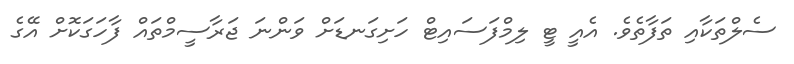
ސެލްތަކާއި ތަފާތެވެ. އެއީ ޓީ ލިމްފަސައިޓް ހަށިގަނޑަށް ވަންނަ ޖަރާސީމްތައް ފާހަގަކޮށް އޭގެ